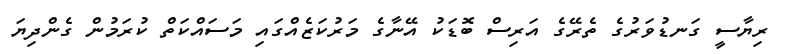
ރިޔާސީ ގަނޑުވަރުގެ ތެރޭގެ އަރިސް ބޮޑަކު އޭނާގެ މަރުކަޒެއްގައި މަސައްކަތް ކުރަމުން ގެންދިޔަ